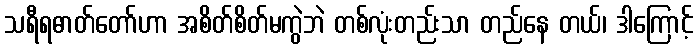
သရီရဓာတ်တော်ဟာ အစိတ်စိတ်မကွဲဘဲ တစ်လုံးတည်းသာ တည်နေ တယ်၊ ဒါကြောင့်